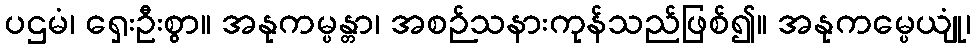
ပဌမံ၊ ရှေးဦးစွာ။ အနုကမ္ပန္တာ၊ အစဉ်သနားကုန်သည်ဖြစ်၍။ အနုကမ္ပေယျုံ၊